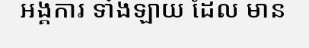
អង្គការ ទាំងឡាយ ដែល មាន